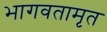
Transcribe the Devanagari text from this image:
भागवतामृत